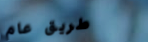
طريق عام